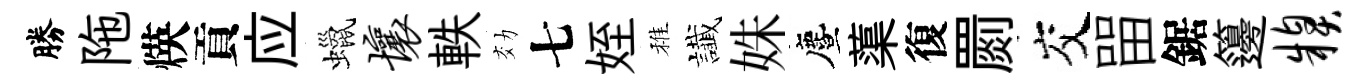
勝陁煐貢应蠟壤軼効七姪稚䜟姝󵨌蕖復罽交㽞鋸籩糗